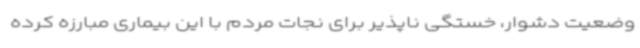
وضعیت دشوار، خستگی ناپذیر برای نجات مردم با این بیماری مبارزه کرده